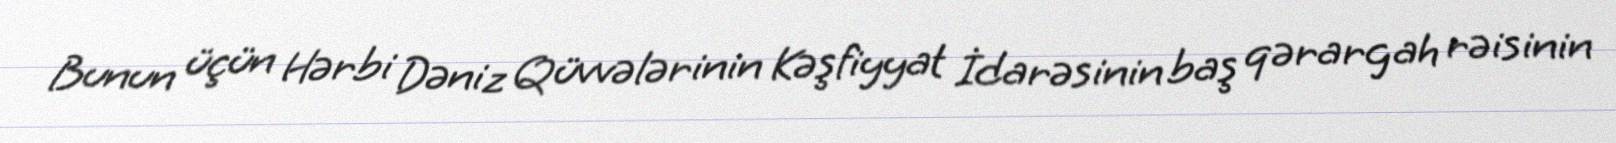
Bunun üçün Hərbi Dəniz Qüvvələrinin Kəşfiyyat İdarəsinin baş qərargah rəisinin